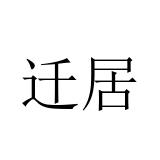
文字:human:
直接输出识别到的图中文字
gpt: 迁居